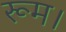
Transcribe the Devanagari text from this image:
रूम।